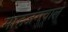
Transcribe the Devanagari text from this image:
माहजंगवाले